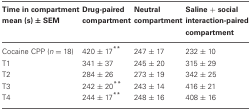
| Time in compartment mean (s) ± SEM | Drug-paired compartment | Neutral compartment | Saline + social interaction-paired compartment |
 | --- | --- | --- | --- |
 | Cocaine CPP (n = 18) | 420 ± 17** | 247 ± 17 | 232 ± 10 |
 | T1 | 341 ± 37 | 245 ± 20 | 315 ± 29 |
 | T2 | 284 ± 26 | 273 ± 19 | 342 ± 25 |
 | T3 | 242 ± 20** | 243 ± 14 | 416 ± 21 |
 | T4 | 244 ± 17** | 248 ± 16 | 408 ± 16 |